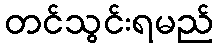
တင်သွင်းရမည်